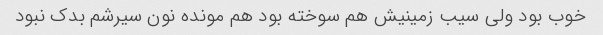
خوب بود ولی سیب زمینیش هم سوخته بود هم مونده نون سیرشم بدک نبود